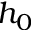
h _ { 0 }